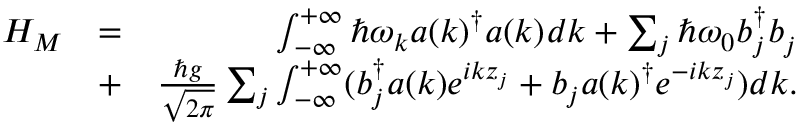
\begin{array} { r l r } { H _ { M } } & { = } & { \int _ { - \infty } ^ { + \infty } \hbar \omega _ { k } a ( k ) ^ { \dag } a ( k ) ^ { \vphantom { \dag } } d k + \sum _ { j } \hbar \omega _ { 0 } b _ { j } ^ { \dag } b _ { j } ^ { \vphantom { \dag } } } \\ & { + } & { \frac { \hbar g } { \sqrt { 2 \pi } } \sum _ { j } \int _ { - \infty } ^ { + \infty } ( b _ { j } ^ { \dag } a { ( k ) } e ^ { i k z _ { j } } + b _ { j } a { ( k ) } ^ { \dag } e ^ { - i k z _ { j } } ) d k . } \end{array}